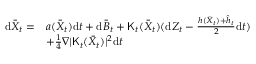
\begin{array} { r l } { \mathrm { d } \bar { X } _ { t } = } & { a ( \bar { X } _ { t } ) \mathrm { d } t + \mathrm { d } \bar { B } _ { t } + { \sf K } _ { t } ( \bar { X } _ { t } ) ( \mathrm { d } Z _ { t } - \frac { h ( \bar { X } _ { t } ) + \hat { h } _ { t } } { 2 } \mathrm { d } t ) } \\ & { + \frac { 1 } { 4 } \nabla | { \sf K } _ { t } ( \bar { X } _ { t } ) | ^ { 2 } \mathrm { d } t } \end{array}